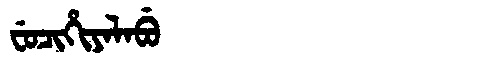
Manchu: ᠸᡠᠴᡳᡥᡳᠶᠠᠯᠠᠪᡠ
Romanization: FUCIHIYALABU